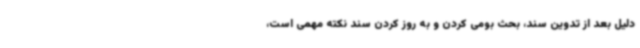
دلیل بعد از تدوین سند، بحث بومی کردن و به روز کردن سند نکته مهمی است،